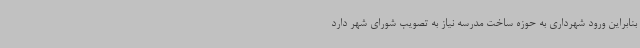
بنابراین ورود شهرداری به حوزه ساخت مدرسه نیاز به تصویب شورای شهر دارد